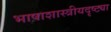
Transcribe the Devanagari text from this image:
भाषाशास्त्रीयदृष्ट्या